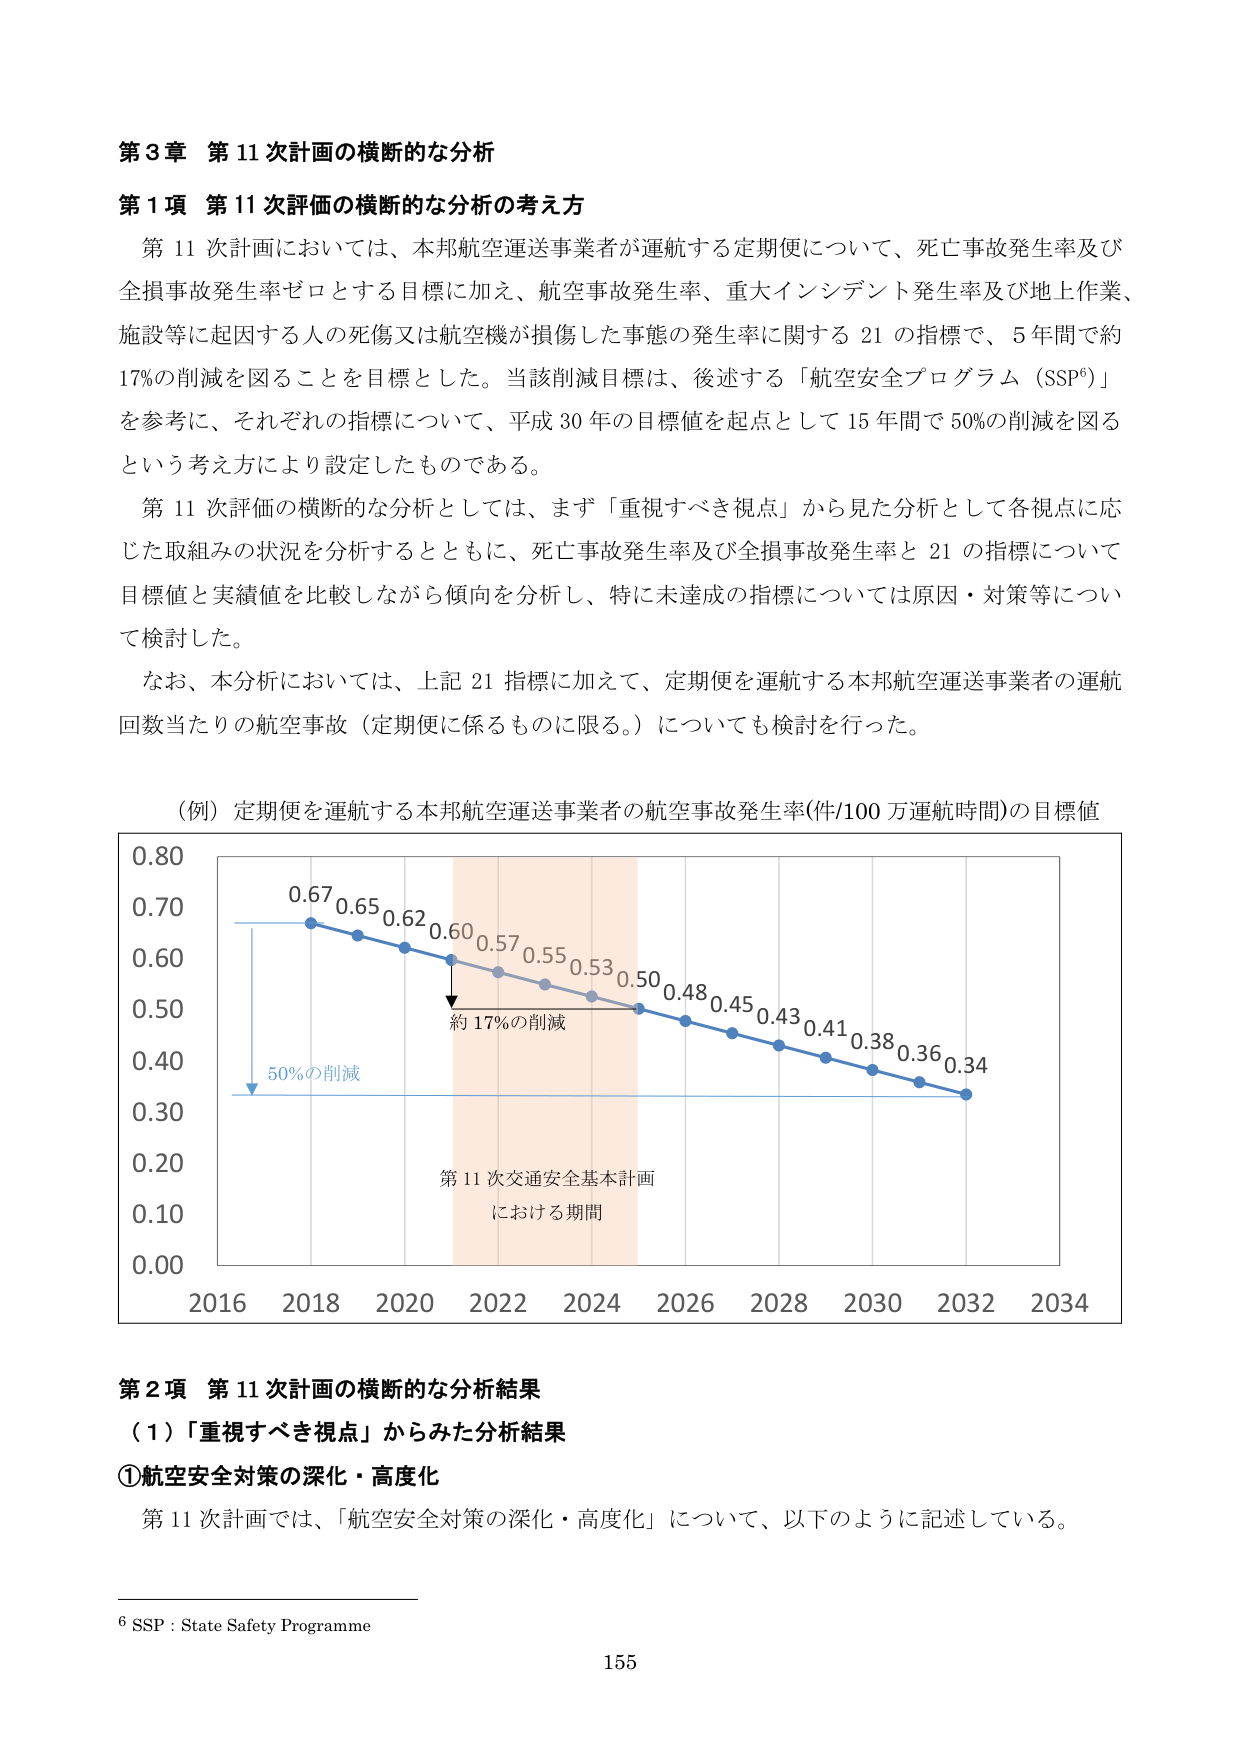
第3章 第11次計画の横断的な分析

第1項 第11次評価の横断的な分析の考え方

第11次計画においては、本邦航空運送事業者が運航する定期便について、死亡事故発生率及び全損事故発生率ゼロとする目標に加え、航空事故発生率、重大インシデント発生率及び地上作業、施設等に起因する人の死傷又は航空機が損傷した事態の発生率に関する21の指標で、5年間で約17%の削減を図ることを目標とした。当該削減目標は、後述する「航空安全プログラム（SSP⁶）」を参考に、それぞれの指標について、平成30年の目標値を起点として15年間で50%の削減を図るという考え方により設定したものである。

第11次評価の横断的な分析としては、まず「重視すべき視点」から見た分析として各視点に応じた取組みの状況を分析するとともに、死亡事故発生率及び全損事故発生率と21の指標について目標値と実績値を比較しながら傾向を分析し、特に未達成の指標については原因・対策等について検討した。

なお、本分析においては、上記21指標に加えて、定期便を運航する本邦航空運送事業者の運航回数当たりの航空事故（定期便に係るものに限る。）についても検討を行った。

（例）定期便を運航する本邦航空運送事業者の航空事故発生率(件/100万運航時間)の目標値

0.80
0.70
0.60
0.50
0.40
0.30
0.20
0.10
0.00

2016 2018 2020 2022 2024 2026 2028 2030 2032 2034

0.67 0.65 0.62 0.60 0.57 0.55 0.53 0.50 0.48 0.45 0.43 0.41 0.38 0.36 0.34

約17%の削減

50%の削減

第11次交通安全基本計画
における期間

第2項 第11次計画の横断的な分析結果

（1）「重視すべき視点」からみた分析結果

①航空安全対策の深化・高度化

第11次計画では、「航空安全対策の深化・高度化」について、以下のように記述している。

⁶ SSP : State Safety Programme

155